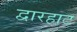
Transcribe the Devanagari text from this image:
द्वारहाट